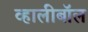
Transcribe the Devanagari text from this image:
व्हालीबॉल